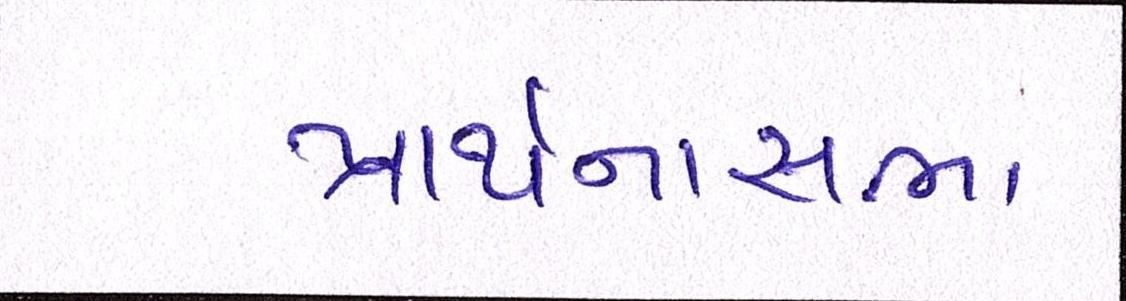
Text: પ્રાર્થનાસભા